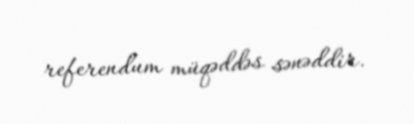
referendum müqəddəs sənəddir.